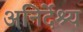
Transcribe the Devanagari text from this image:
अनिर्देश्य